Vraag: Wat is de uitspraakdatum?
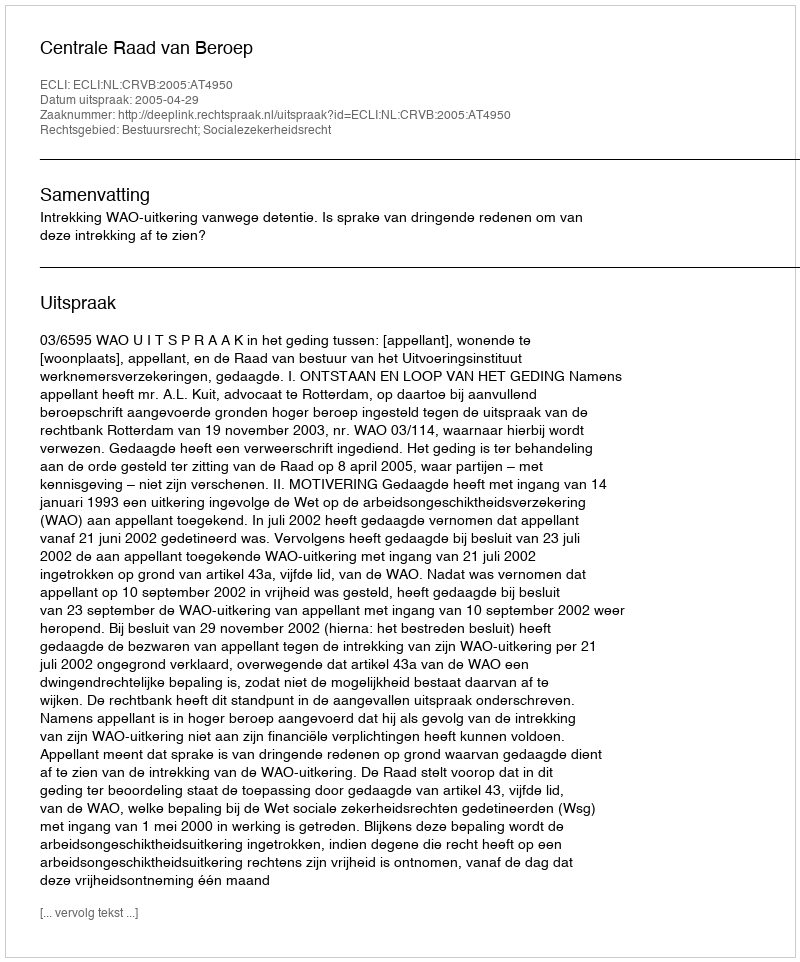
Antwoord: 2005-04-29